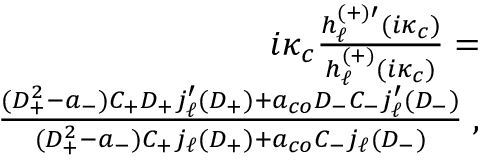
\begin{array} { r l r } & { } & { i \kappa _ { c } \frac { h _ { \ell } ^ { ( + ) \prime } ( i \kappa _ { c } ) } { h _ { \ell } ^ { ( + ) } ( i \kappa _ { c } ) } = } \\ & { } & { \frac { ( D _ { + } ^ { 2 } - a _ { - } ) C _ { + } D _ { + } j _ { \ell } ^ { \prime } ( D _ { + } ) + a _ { c o } D _ { - } C _ { - } j _ { \ell } ^ { \prime } ( D _ { - } ) } { ( D _ { + } ^ { 2 } - a _ { - } ) C _ { + } j _ { \ell } ( D _ { + } ) + a _ { c o } C _ { - } j _ { \ell } ( D _ { - } ) } \; , } \end{array}